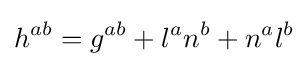
h^{ab}=g^{ab}+l^{a}n^{b}+n^{a}l^{b}